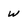
Character: w